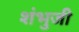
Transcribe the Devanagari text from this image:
शंभुजी